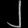
Digit: ၂